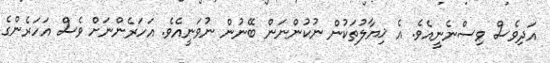
އަދިވެސް ވިސްނެނީއެވެ. އެ ޚިޔާލުތަކުން ނުކުންނަން ބޭނުން ނުވަނީއެވެ. އަހަރެންނަށް ވެސް އަހަރެންގެ